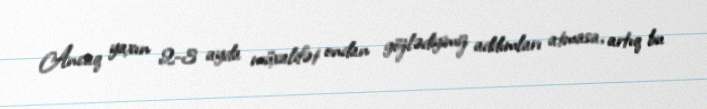
Ancaq yaxın 2-3 ayda müxalifət ondan gözlədiyimiz addımları atmasa, artıq bu